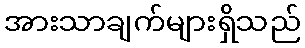
အားသာချက်များရှိသည်